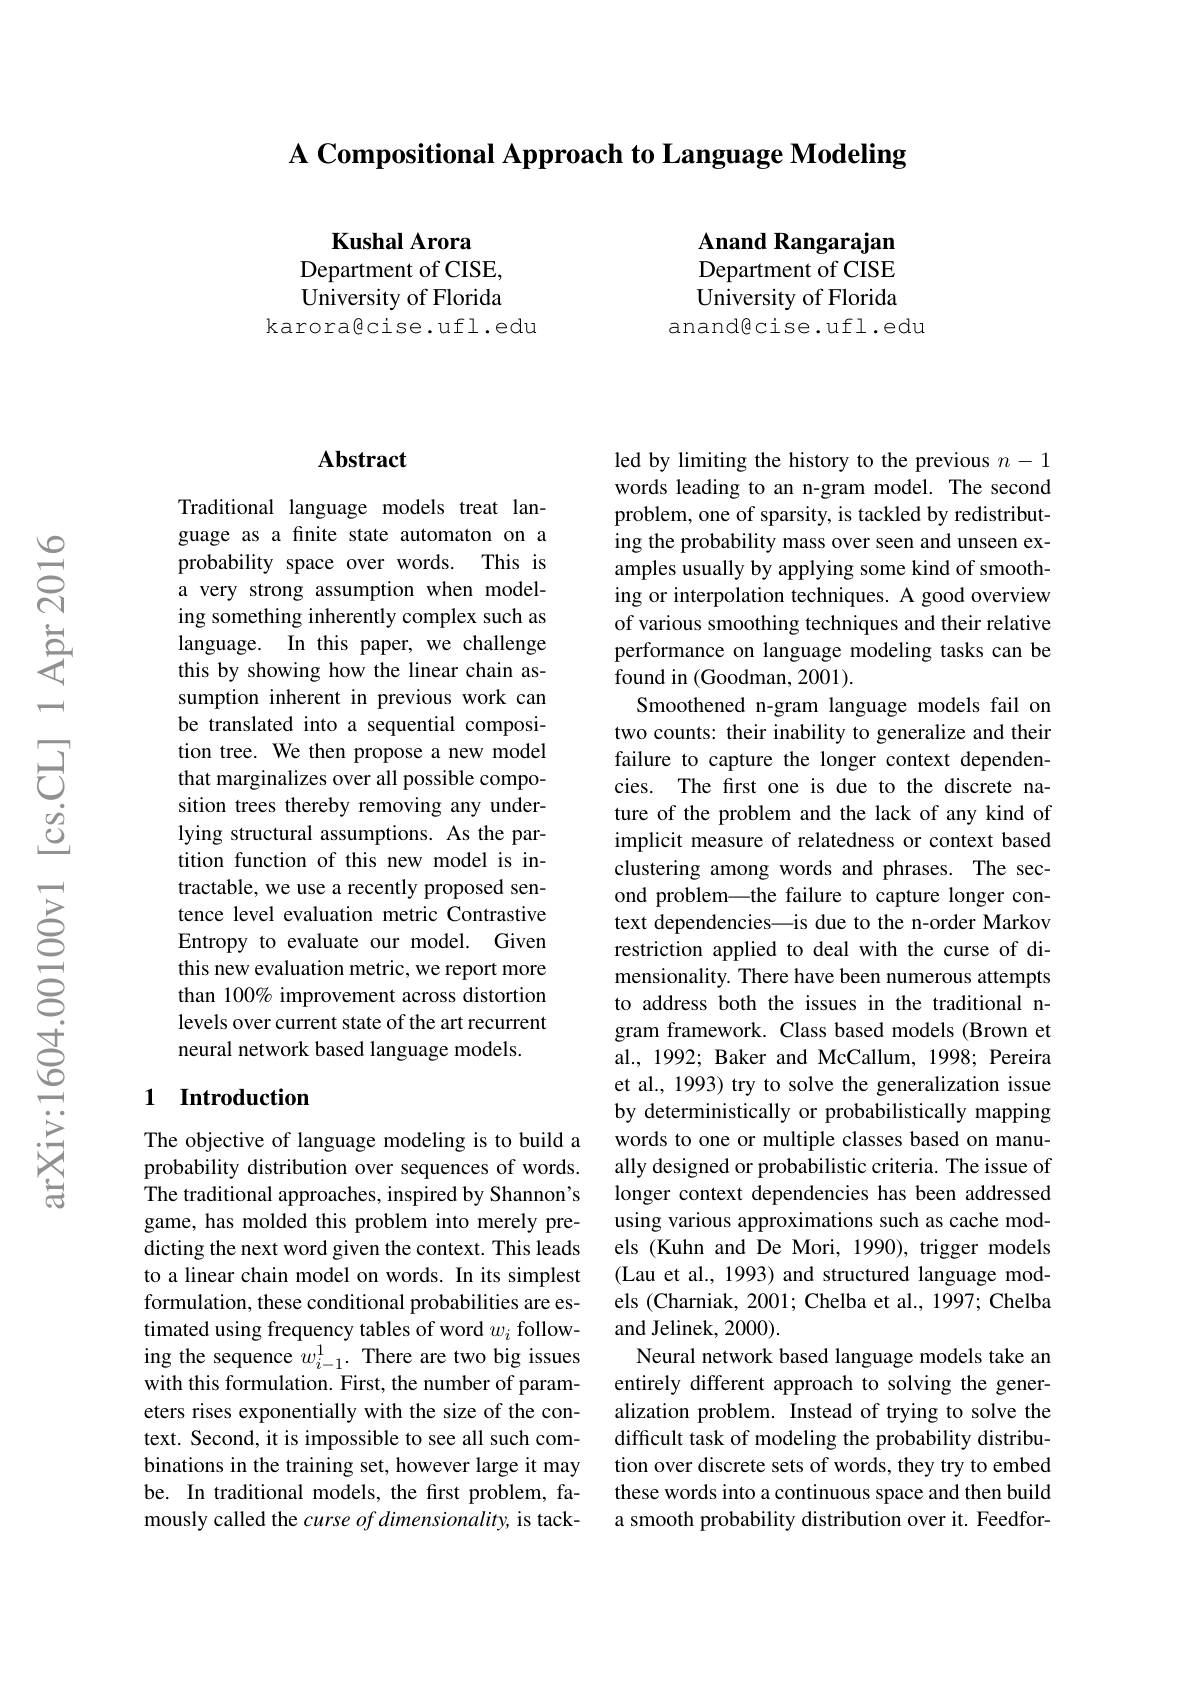
$\mathbf{A}$ Compositional Approach to Language Modeling

Kushal Arora
Department of CISE, University of Florida
karoraßcise.ufl.edu

Anand Rangarajan Department of CISE University of Florida
anandecise.ufl.edu

## $\mathbf{Abstract}$

Traditional language models treat language as a finite state automaton on a probability space over words. This is a very strong assumption when modeling something inherently complex such as language. In this paper, we challenge this by showing how the linear chain assumption inherent in previous work can be translated into a sequential composition tree. We then propose a new model that marginalizes over all possible composition trees thereby removing any underlying structural assumptions. As the partition function of this new model is intractable, we use a recently proposed sentence level evaluation metric Contrastive Entropy to evaluate our model. Given this new evaluation metric, we report more than 100% improvement across distortion levels over current state of the art recurrent neural network based language models.

## 1 Introduction

The objective of language modeling is to build a probability distribution over sequences of words. The traditional approaches, inspired by Shannon's game, has molded this problem into merely predicting the next word given the context. This leads to a linear chain model on words. In its simplest formulation, these conditional probabilities are estimated using frequency tables of word $w_i$ following the sequence $w_{i-1}^{1}.$ There are two big issues with this formulation. First, the number of parameters rises exponentially with the size of the context. Second, it is impossible to see all such combinations in the training set, however large it may be. In traditional models, the first problem, famously called the curse of dimensionality, is tack-

led by limiting the history to the previous $n-1$ words leading to an n-gram model. The second problem, one of sparsity, is tackled by redistributing the probability mass over seen and unseen examples usually by applying some kind of smoothing or interpolation techniques. A good overview of various smoothing techniques and their relative performance on language modeling tasks can be found in (Goodman, 2001).
Smoothened n-gram language models fail on two counts: their inability to generalize and their failure to capture the longer context dependencies. The first one is due to the discrete nature of the problem and the lack of any kind of implicit measure of relatedness or context based clustering among words and phrases. The second problem—the failure to capture longer context dependencies—is due to the n-order Markov restriction applied to deal with the curse of dimensionality. There have been numerous attempts to address both the issues in the traditional ngram framework. Class based models (Brown et al., 1992; Baker and McCallum, 1998; Pereira et al., 1993) try to solve the generalization issue by deterministically or probabilistically mapping words to one or multiple classes based on manually designed or probabilistic criteria. The issue of longer context dependencies has been addressed using various approximations such as cache models (Kuhn and De Mori, 1990), trigger models (Lau et al., 1993) and structured language models (Charniak, 2001; Chelba et al., 1997; Chelba and Jelinek, 2000).
Neural network based language models take an entirely different approach to solving the generalization problem. Instead of trying to solve the difficult task of modeling the probability distribution over discrete sets of words, they try to embed these words into a continuous space and then build a smooth probability distribution over it. Feedfor-